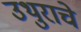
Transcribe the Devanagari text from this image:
उथुराचे